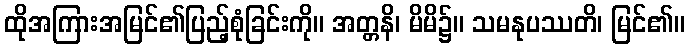
ထိုအကြားအမြင်၏ပြည့်စုံခြင်းကို။ အတ္တနိ၊ မိမိ၌။ သမနုပဿတိ၊ မြင်၏။